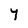
Character: 7